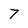
Character: 7